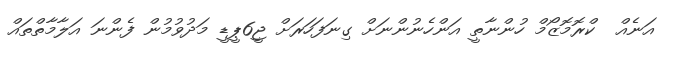
އަނެއް  ކްރޮމޮޒޯމް ހުންނާތީ އަންހެނުންނަށް ގިނަފަހަރަށް ޖީ6ޕީޑީ މަދުވުމުން ފެންނަ އަލާމާތްތައް